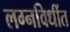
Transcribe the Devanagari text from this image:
लग्नविधींत